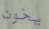
يخون